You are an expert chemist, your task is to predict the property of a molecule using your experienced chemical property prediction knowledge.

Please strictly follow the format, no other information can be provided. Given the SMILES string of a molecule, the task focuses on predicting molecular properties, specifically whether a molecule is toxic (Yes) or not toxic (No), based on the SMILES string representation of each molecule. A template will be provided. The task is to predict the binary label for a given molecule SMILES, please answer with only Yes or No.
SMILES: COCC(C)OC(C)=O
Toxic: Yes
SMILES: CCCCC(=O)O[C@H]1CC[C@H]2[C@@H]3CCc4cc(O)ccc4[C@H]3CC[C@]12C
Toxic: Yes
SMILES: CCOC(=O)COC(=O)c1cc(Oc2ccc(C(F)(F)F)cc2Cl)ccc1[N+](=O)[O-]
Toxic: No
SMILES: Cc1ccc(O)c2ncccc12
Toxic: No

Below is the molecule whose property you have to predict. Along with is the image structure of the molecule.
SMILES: O=C(C(=O)c1ccccc1)c1ccccc1
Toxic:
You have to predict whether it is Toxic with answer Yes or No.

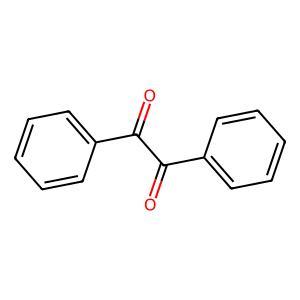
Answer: No